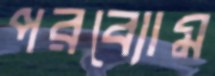
পরব্যোম